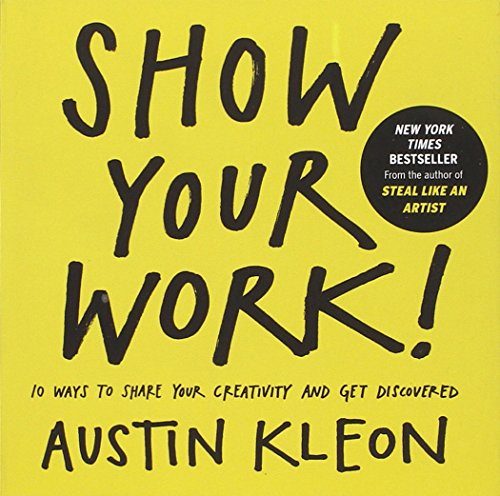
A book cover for Show Your Work!: 10 Ways to Share Your Creativity and Get Discovered; Austin Kleon; Arts & Photography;